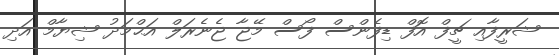
ޝަރީފާއި ޗީފް އޮފް ޑިފެންސް ފޯސް މޭޖާ ޖެނެރަލް އަޙްމަދު ޝިޔާމް އަދި